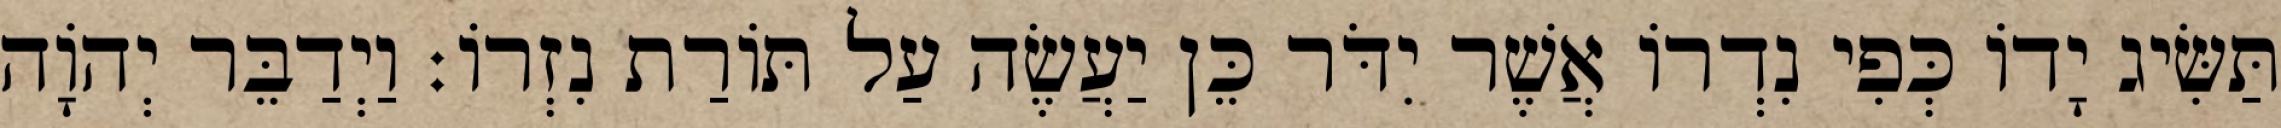
תַּשִּׂיג יָדוֹ כְּפִי נִדְרוֹ אֲשֶׁר יִדֹּר כֵּן יַעֲשֶׂה עַל תּוֹרַת נִזְרוֹ׃ וַיְדַבֵּר יְהוָֹה